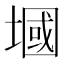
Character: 𪤑